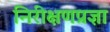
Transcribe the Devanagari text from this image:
निरीक्षणप्रज्ञा